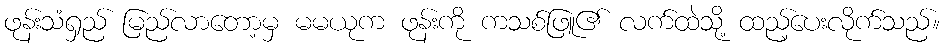
ဖုန်းသံရှည် မြည်လာတော့မှ မမယုက ဖုန်းကို ကသစ်ဖြူ၏ လက်ထဲသို့ ထည့်ပေးလိုက်သည်။